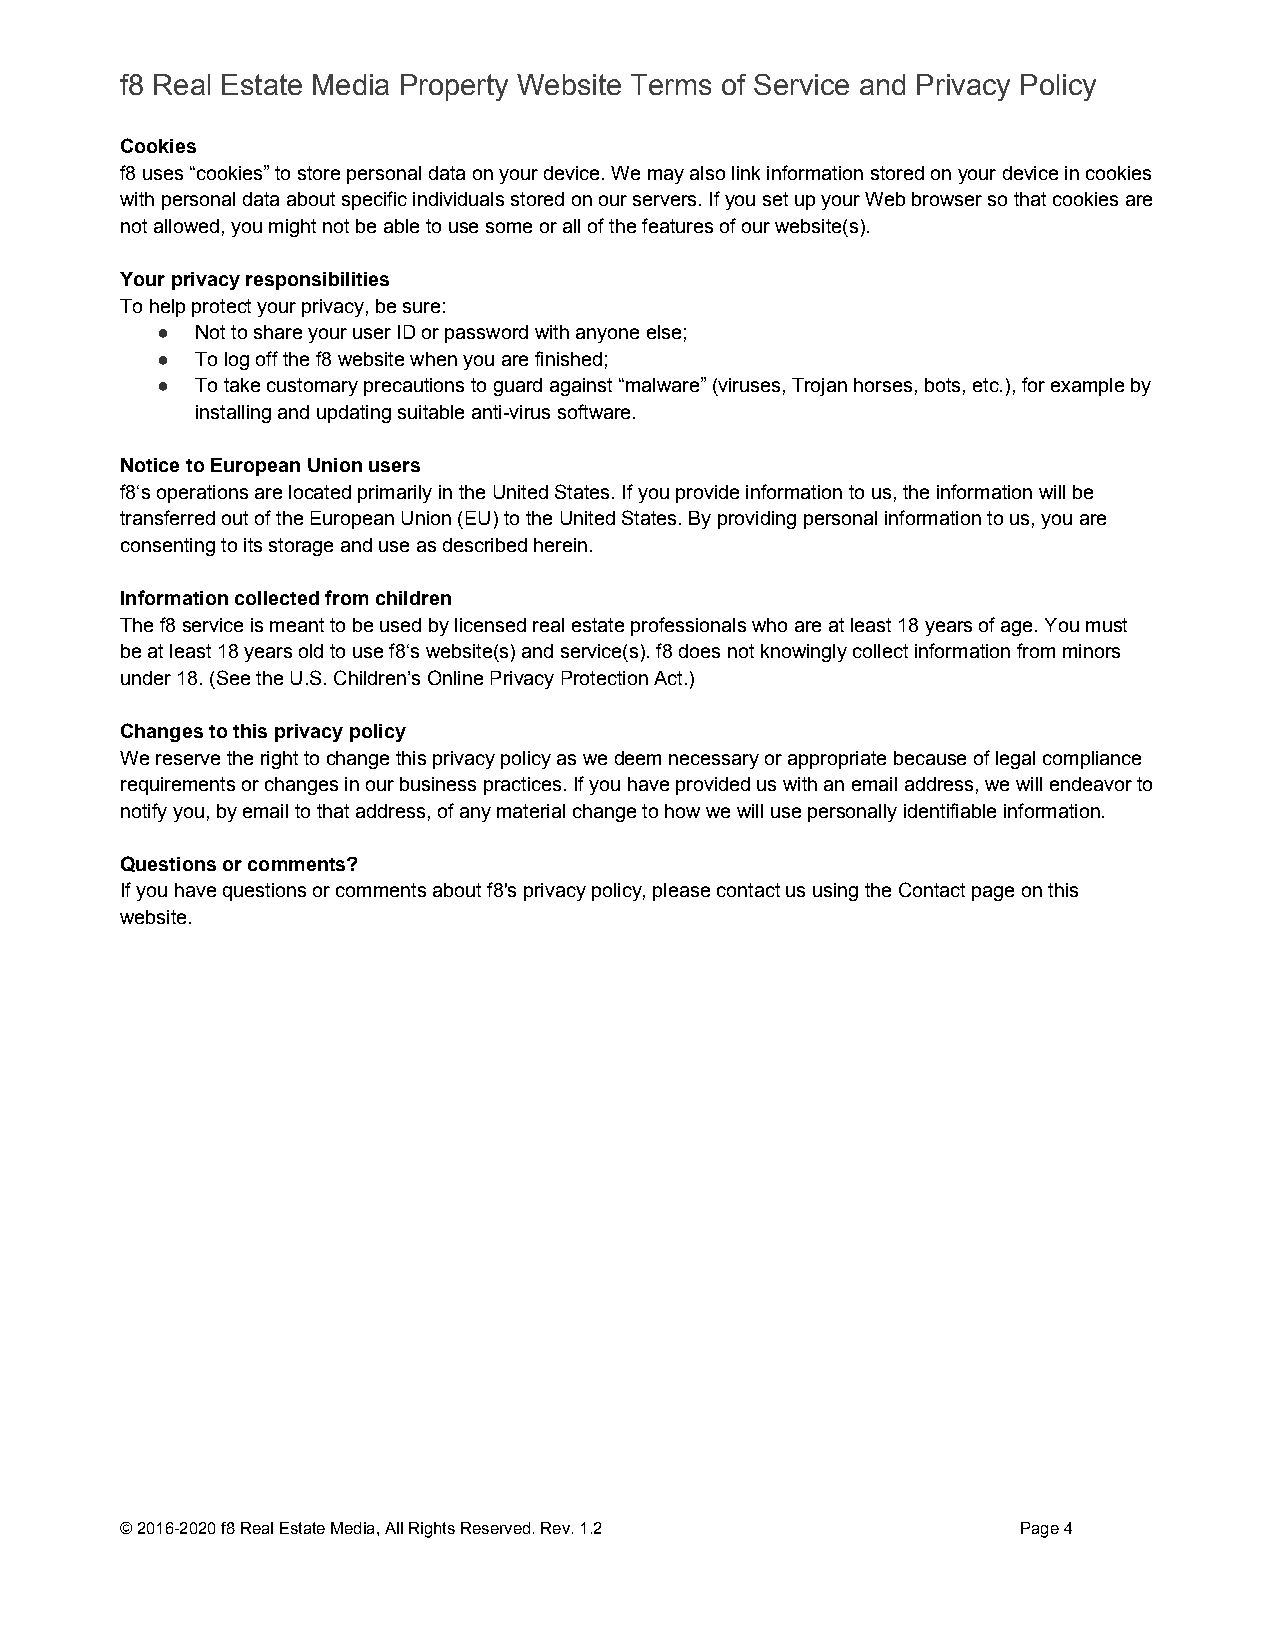
f8 Real Estate Media Property Website Terms of Service and Privacy Policy
 Cookies
 f8 uses “cookies” to store personal data on your device. We may also link information stored on your device in cookies
 with personal data about specific individuals stored on our servers. If you set up your Web browser so that cookies are
 not allowed, you might not be able to use some or all of the features of our website(s).
 Your privacy responsibilities
 To help protect your privacy, be sure:
 ●  Not to share your user ID or password with anyone else;
 ●  To log off the f8 website when you are finished;
 ●  To take customary precautions to guard against “malware” (viruses, Trojan horses, bots, etc.), for example by
 installing and updating suitable anti-virus software.
 Notice to European Union users
 f8‘s operations are located primarily in the United States. If you provide information to us, the information will be
 transferred out of the European Union (EU) to the United States. By providing personal information to us, you are
 consenting to its storage and use as described herein.
 Information collected from children
 The f8 service is meant to be used by licensed real estate professionals who are at least 18 years of age. You must
 be at least 18 years old to use f8‘s website(s) and service(s). f8 does not knowingly collect information from minors
 under 18. (See the U.S. Children’s Online Privacy Protection Act.)
 Changes to this privacy policy
 We reserve the right to change this privacy policy as we deem necessary or appropriate because of legal compliance
 requirements or changes in our business practices. If you have provided us with an email address, we will endeavor to
 notify you, by email to that address, of any material change to how we will use personally identifiable information.
 Questions or comments?
 If you have questions or comments about f8's privacy policy, please contact us using the Contact page on this
 website.
 © 2016-2020 f8 Real Estate Media, All Rights Reserved. Rev. 1.2 Page 4